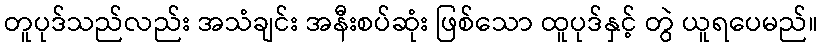
တူပုဒ်သည်လည်း အသံချင်း အနီးစပ်ဆုံး ဖြစ်သော ထူပုဒ်နှင့် တွဲ ယူရပေမည်။